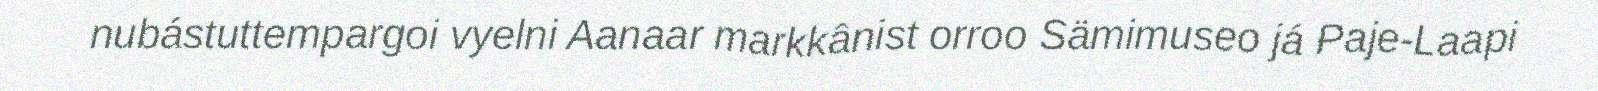
nubástuttempargoi vyelni Aanaar markkânist orroo Sämimuseo já Paje-Laapi